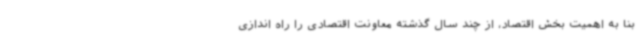
بنا به اهمیت بخش اقتصاد، از چند سال گذشته معاونت اقتصادی را راه اندازی